Kassari_(Keina)_vallavalitsus, lk 35
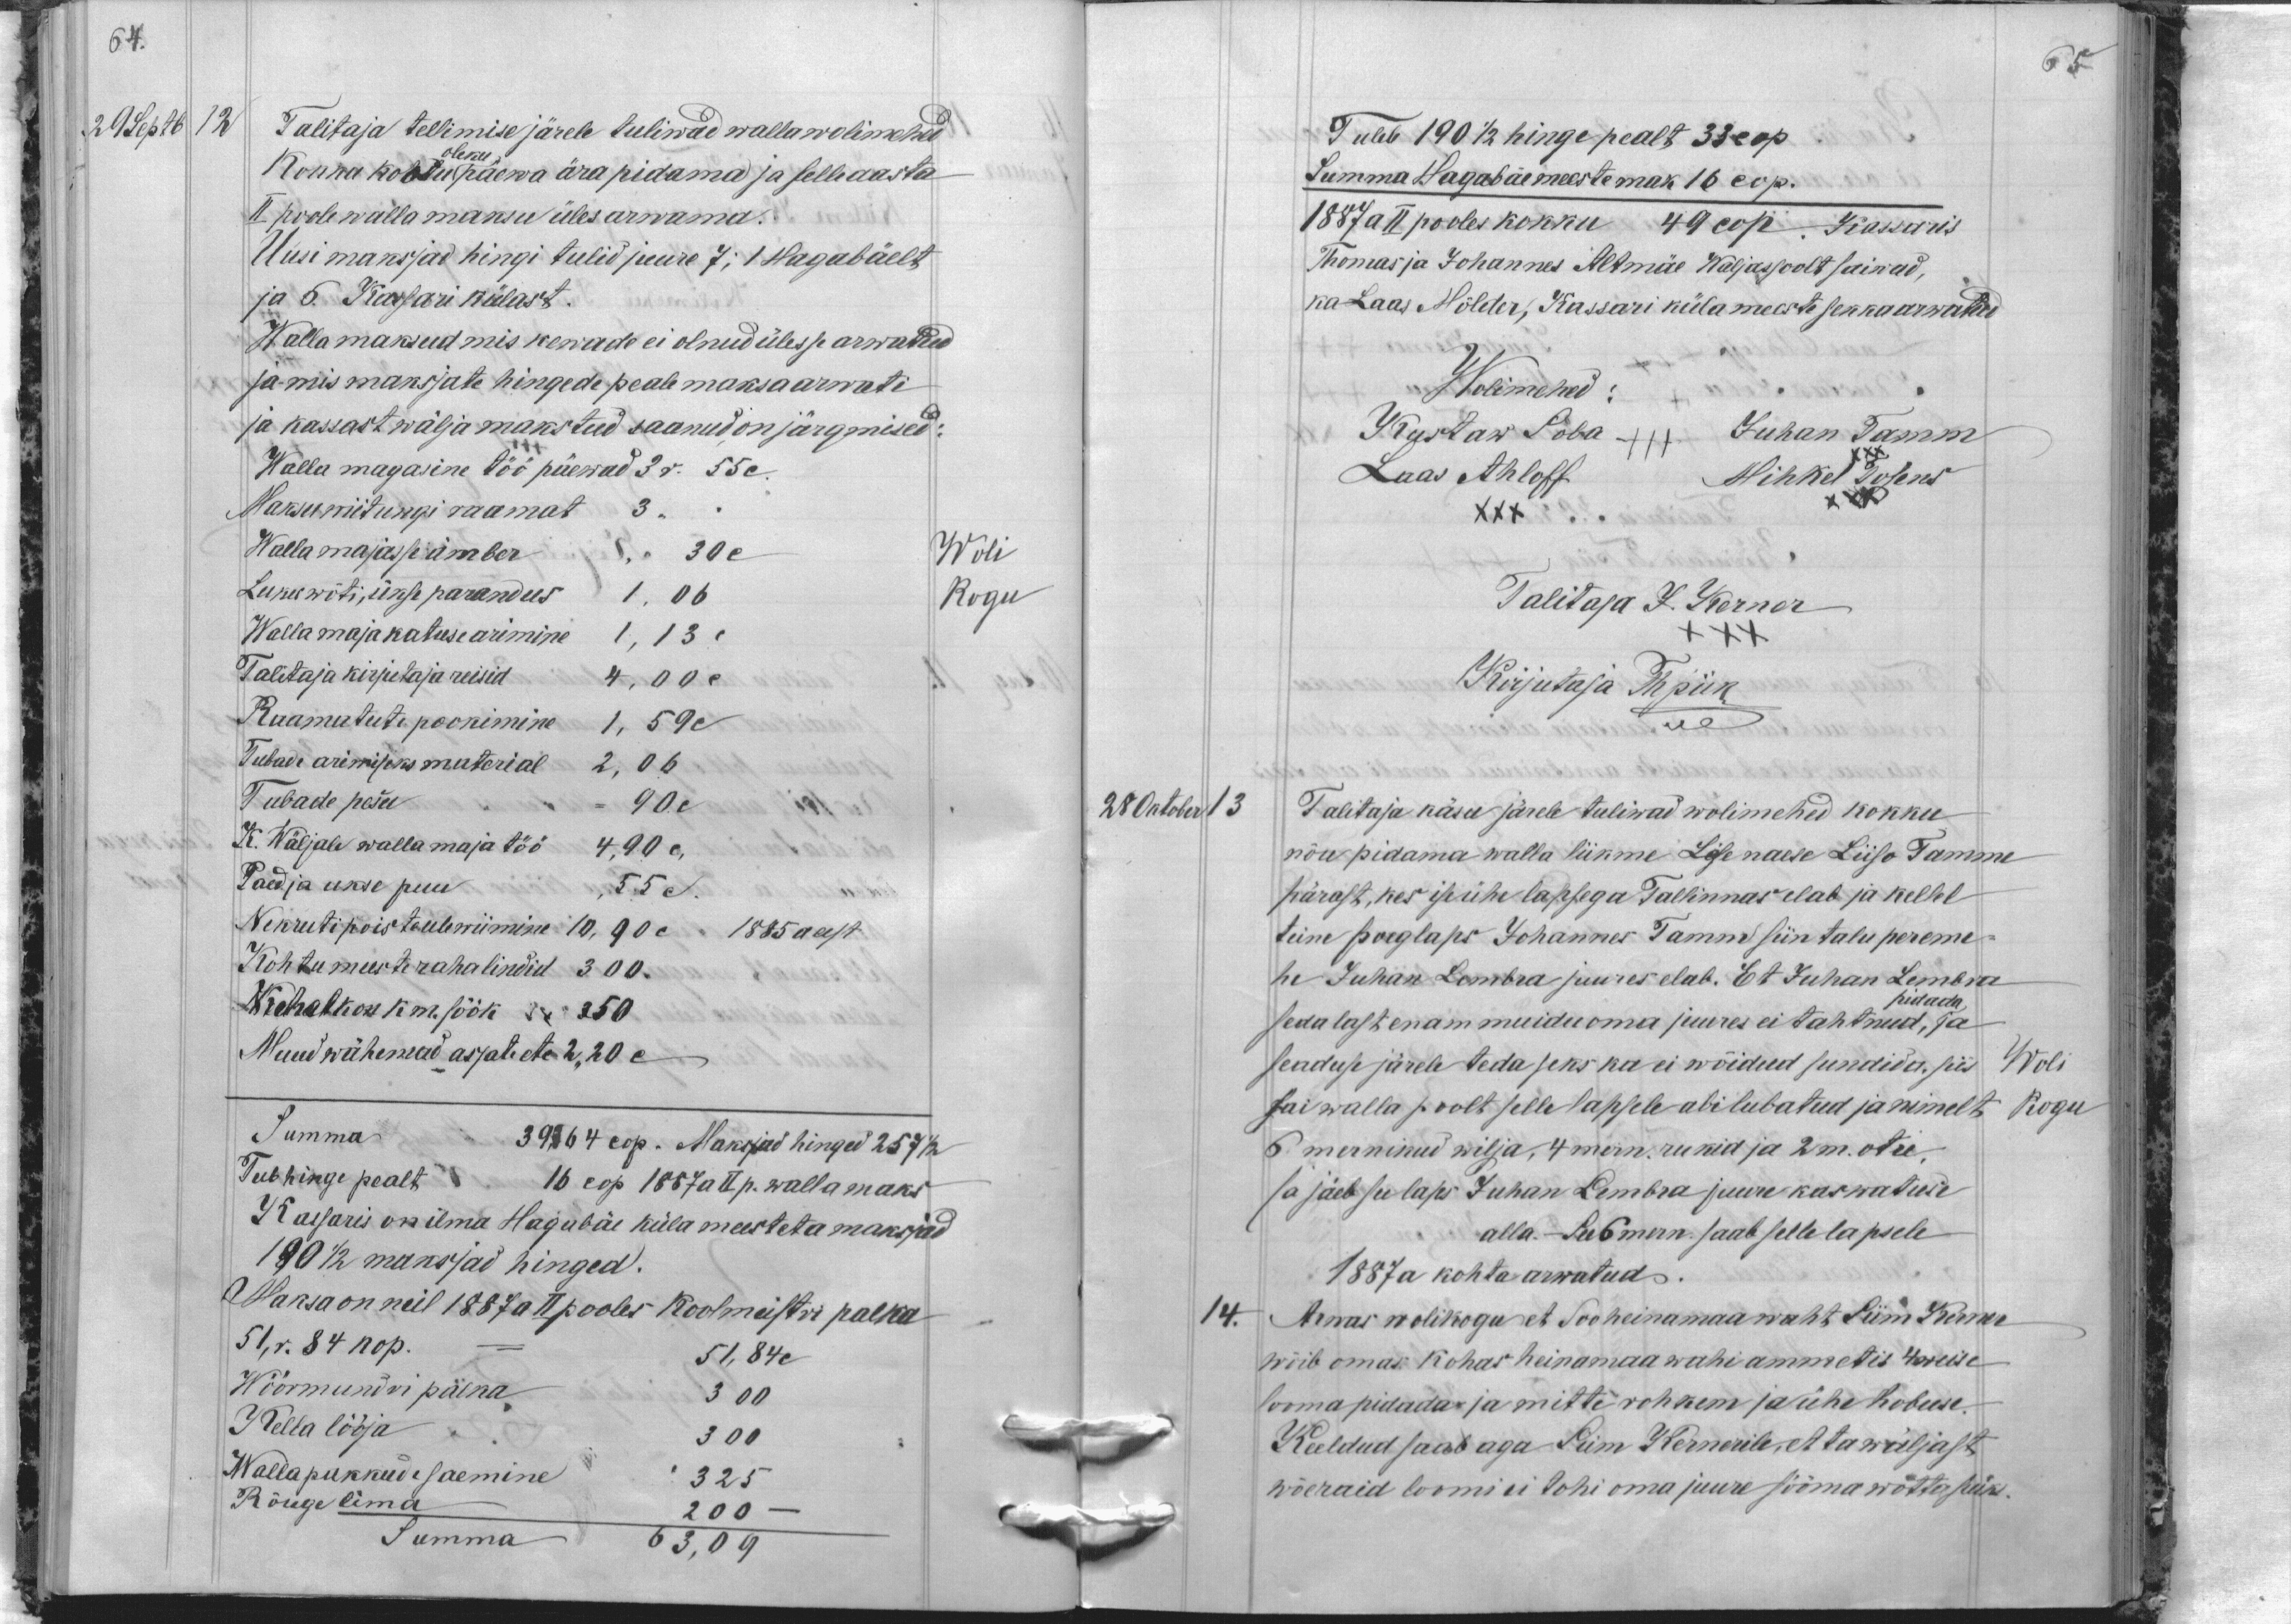
64.
29 Septb
12
Talitaja tellimise järele tuliwad wallawolimehed
Konna kohtu päewa ära pidama ja selle aasta
oleku
II poole walla maksu üles arwama.
Uusi maksjad hingi tulid juure 7; 1 Hagabäelt
ja 6. Kassari külast.
Wallamaksud mis kewade ei olnud ülesse arwatud
ja mis maksjate hingede peale maksa arwati
ja kassast wälja makstud saanud on järgmised:
Walla magasin töö päewad 3 r. 55 c.
Maksuwiitungi raamat
3.
Wallamajasse ümber
30 c
Woli
Luku wõti, ukse parandus
1, 06
Walla maja katuse arimine 1,13 c
kogu
Talitaja kirjutaja reisid 4,00 c
Raamatute pookimine 1,59 c
Tubade arimiseks material 2,06
Tubade pesu
90 c
K. Wäljale wallamaja töö 4,90 c.
Paed ja ukse puu
55 c
Nekruti poiste ülewiimine 10,90 c. 1885 aast
Kohtu meeste raha lindid 300
Kehalkon on k.m. söök 350
Muud wähemad asjate etc 2,20 c.
Summa
39,34 cop. Maksjad hinged 257 1/2
Teeb hinge pealt 16 cop 1887 a II p. walla maks
Kassaris on ilma Hagabäe küla meesteta maksjad
190 1/2 maksjad hinged.
Maksa on neil 1887 allpooles Koolmeistri palka
51,r. 84 kop.
51,84 c
Wöörmundri päewa
300
Kella lööja
300
Wallapakkud saemine
325
Rõuge lima
200
Summa 63,09

65
Tuleb 190 1/2 hinge pealt 33 cop.
Summa Hagabäe meeste mak 16 cop.
1887 a II pooles kokku 49 cop. Kassaris
Thomas ja Johannes Altmäe Waljaspoolt saiwad,
ka Laas Mölder, Kassari küla meeste sekka arwatud
Wolimehed:
Kustaw Soba
Juhan Tamm
Laas Ahloff
Mihkel Tosens
XXX
XXX
Talitaja J. Kerner
XXX
Kirjutaja Thpiik
28 Oktober 13
Talitaja käsu järele tuliwad wolimehed kokku
nõu pidama walla liikme Lise naese Liiso Tamme
pärast, kes ise ühe lapsega Tallinnas elab ja kellel
teine poeglaps Johannes Tamm siin talu pereme-
he Juhan Lembra juures elab. Et Juhan Lembra
pidada
seda last enam muidu oma juures ei tahtnud, ja
seaduse järele teda seks ka ei wõidud sundida, siis
Woli
sai walla poolt selle lapsele abi lubatud ja nimelt
Kogu
6. mernikud wilja, 4 mern. rukid ja 2 m. otre,
ja jäeb see laps Juhan Lembra juure kaswatuse
alla. - See 6 mern. saab selle lapsele
1887 a kohta arwatud.
14.
Arwas wolikogu et Sooheinamaa waht Siim Kerner
wiib omas kohas heinamaa wahi ammetis 4 weise
looma pidada ja mitte rohkem ja ühe hobuse.
Keeldud saab aga Siim Kernerile, et ta wäljast
wõeraid loomi ei tohi oma juure sööma wõtta sük.